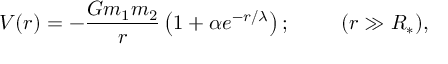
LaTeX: V ( r ) = - \frac { G m _ { 1 } m _ { 2 } } { r } \left( 1 + \alpha e ^ { - r / \lambda } \right) ; \phantom { s p a c e } ( r \gg R _ { * } ) ,